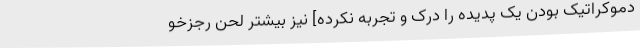
دموکراتیک بودن یک پدیده را درک و تجربه نکرده] نیز بیشتر لحن رجزخو